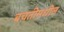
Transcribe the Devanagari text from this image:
बचतीमधील